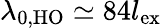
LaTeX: \lambda_{0,\mathrm{HO}}\simeq 84l_{\mathrm{ex}}